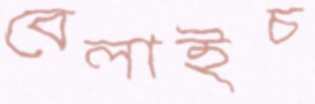
বেলাইচ